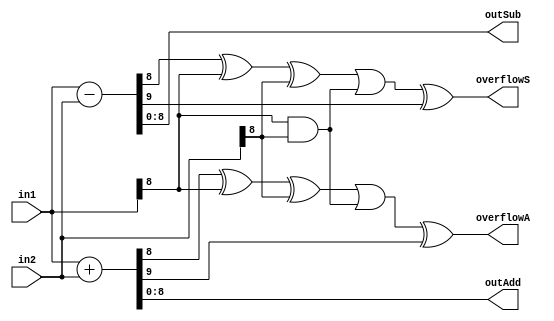
// This program was cloned from: https://github.com/VeriGOOD-ML/public
// License: Apache License 2.0

`timescale 1ns/1ps
module addSub #(
parameter LEN  = 9)(
	in1,
	in2,
	outAdd,
	outSub,
	overflowA,
	overflowS
);
	//--------------------------------------------------------------------------------------
 	

 	//--------------------------------------------------------------------------------------
 	input[LEN-1:0] in1;
 	input[LEN-1:0] in2;
 	output[LEN-1:0] outAdd;
	output[LEN-1:0] outSub;
 	output overflowA;
 	output overflowS;
    
  //--------------------------------------------------------------------------------------
	wire [LEN:0] addRes; 
	wire [LEN:0] subRes; 
	wire [1:0]   carry; 

    //--------------------------------------------------------------------------------------
  assign addRes = in1 + in2;   
  assign subRes = in1 - in2;

	assign carry[0] = (addRes[LEN - 1] ^ in1[LEN - 1] ^ in2[LEN - 1] ) || (in1[LEN -1] & in2[LEN - 1]);
	assign carry[1] = (subRes[LEN - 1] ^ in1[LEN - 1] ^ in2[LEN - 1] ) || (in1[LEN -1] & in2[LEN - 1]);
	
	assign outAdd = addRes[LEN - 1:0];    
	assign outSub = subRes[LEN - 1:0]; 

  //--------------------------------------------------------------------------------------
 	assign overflowA = carry[0] ^ addRes[LEN];
 	assign overflowS = carry[1] ^ subRes[LEN];
 
endmodule